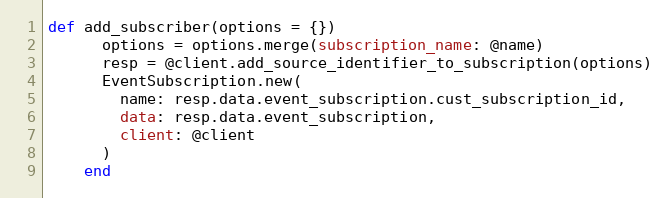
Language: Ruby
def add_subscriber(options = {})
      options = options.merge(subscription_name: @name)
      resp = @client.add_source_identifier_to_subscription(options)
      EventSubscription.new(
        name: resp.data.event_subscription.cust_subscription_id,
        data: resp.data.event_subscription,
        client: @client
      )
    end